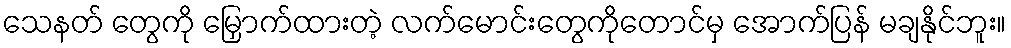
သေနတ် တွေကို မြှောက်ထားတဲ့ လက်မောင်းတွေကိုတောင်မှ အောက်ပြန် မချနိုင်ဘူး။